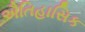
ઐતિહાસિક